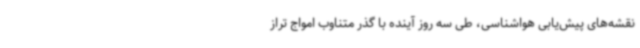
نقشه‌های پیش‌یابی هواشناسی، طی سه روز آینده با گذر متناوب امواج تراز